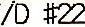
/D #22